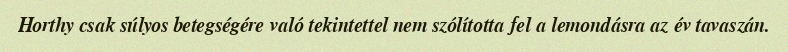
Horthy csak súlyos betegségére való tekintettel nem szólította fel a lemondásra az év tavaszán.